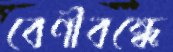
বেণীবন্ধে